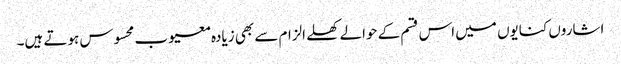
اشاروں کنایوں میں اس قسم کے حوالے کھلے الزام سے بھی زیادہ معیوب محسوس ہوتے ہیں۔